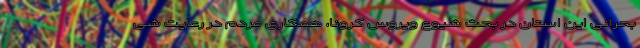
بحرانی این استان در بحث شیوع ویروس کرونا، همکاری مردم در رعایت شی